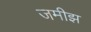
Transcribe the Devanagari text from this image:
जमीझ